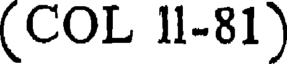
(COL 11-81)